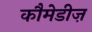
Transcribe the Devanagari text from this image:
कौमेडीज़